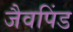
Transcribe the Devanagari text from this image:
जैवपिंड